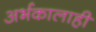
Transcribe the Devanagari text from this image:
अर्भकालाही